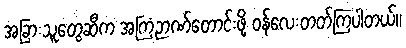
အခြားသူတွေဆီက အကြံဉာဏ်တောင်းဖို့ ဝန်လေးတတ်ကြပါတယ်။